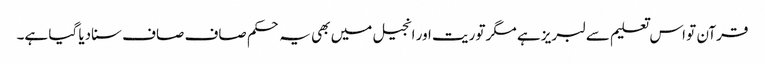
قرآن تو اس تعلیم سے لبریز ہے مگر توریت اور انجیل میں بھی یہ حکم صاف صاف سنادیا گیا ہے۔